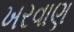
ખરવાણ